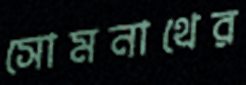
সোমনাথের